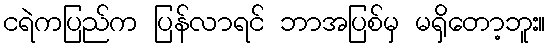
ငရဲကပြည်က ပြန်လာရင် ဘာအပြစ်မှ မရှိတော့ဘူး။